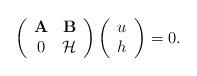
LaTeX: \begin{align*}\left(\begin{array}{cc}\mathbf{A} & \mathbf{B} \\0 & \mathcal{H} \end{array}\right)\left(\begin{array}{cc}u \\h \end{array}\right) = 0.\end{align*}